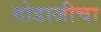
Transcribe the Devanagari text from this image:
गोडाजीचा